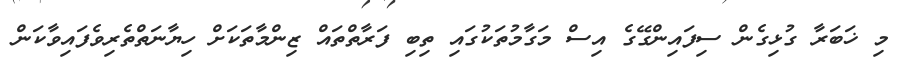
މި ޚަބަރާ ގުޅިގެން ސިފައިންގޭގެ އިސް މަގާމުތަކުގައި ތިބި ފަރާތްތައް ޒިންމާތަކަށް ހިޔާނަތްތެރިވެފައިވާކަން